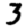
Digit: 3